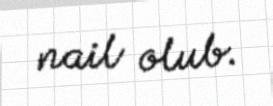
nail olub.